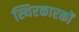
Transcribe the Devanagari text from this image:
स्थिरकारकों